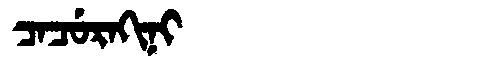
Manchu: ᠴᠠᠴᡠᡵᠠᡴᡳᠨᡳ
Romanization: CACURAKINI